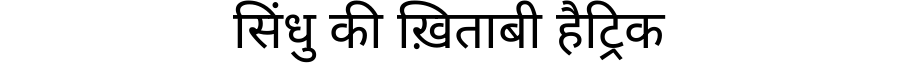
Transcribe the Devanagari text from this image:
सिंधु की ख़िताबी हैट्रिक